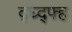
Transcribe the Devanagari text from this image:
द्घ्द्फ्ह